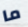
ما